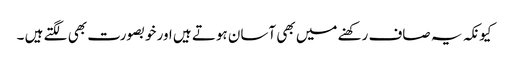
کیونکہ یہ صاف رکھنے میں بھی آسان ہوتے ہیں اور خوبصورت بھی لگتے ہیں ۔